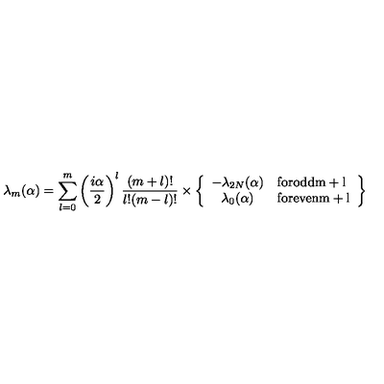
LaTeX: \lambda _ { m } ( \alpha ) = \sum _ { l = 0 } ^ { m } \left( { \frac { i \alpha } { 2 } } \right) ^ { l } { \frac { ( m + l ) ! } { l ! ( m - l ) ! } } \times \left\{ \begin{array} { c l } { - \lambda _ { 2 N } ( \alpha ) } & { \mathrm { f o r o d d m + l } } \\ { \lambda _ { 0 } ( \alpha ) } & { \mathrm { f o r e v e n m + l } } \\ \end{array} \right\}